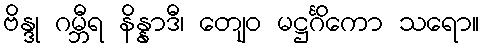
ဗိန္ဒု ဂမ္ဘီရ နိန္နာဒီ၊ တျေဝ မဋ္ဌင်္ဂိကော သရော။